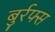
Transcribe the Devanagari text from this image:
बुर्रफ्स